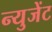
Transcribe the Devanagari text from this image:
न्युजेंट